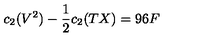
c _ { 2 } ( V ^ { 2 } ) - \frac { 1 } { 2 } c _ { 2 } ( T X ) = 9 6 F